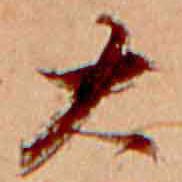
大